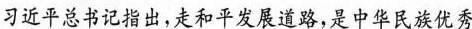
5阅读材料，回答问题。